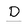
Character: D